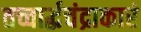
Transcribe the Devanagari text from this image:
तच्चार्द्धचंद्राकारं